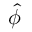
\boldsymbol { \hat { \phi } }